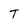
Character: T